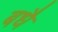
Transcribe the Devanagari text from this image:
बधै